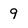
Character: 9